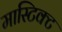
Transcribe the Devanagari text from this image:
मास्टिक्ट